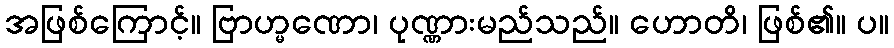
အဖြစ်ကြောင့်။ ဗြာဟ္မဏော၊ ပုဏ္ဏားမည်သည်။ ဟောတိ၊ ဖြစ်၏။ ပ။